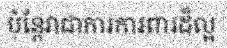
ប៉ុន្តែវាជាការការពារដ៏ល្អ